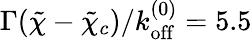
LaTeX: \Gamma(\tilde{\chi}-\tilde{\chi}_{c})/k_{\mathrm{off}}^{(0)}=5.5